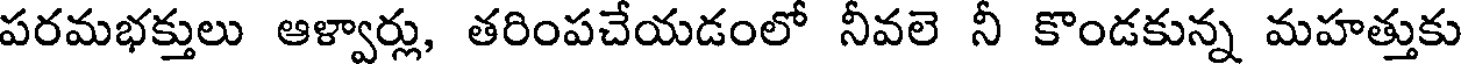
పరమభక్తులు ఆళ్వార్లు, తరింపచేయడంలో నీవలె నీ కొండకున్న మహత్తుకు